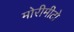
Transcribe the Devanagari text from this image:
मोरीमीटो